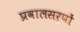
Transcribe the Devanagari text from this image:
प्रवालसर्पों